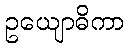
ဥယျောဓိကာ